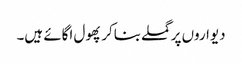
دیواروں پر گملے بناکر پھول اگائے ہیں۔